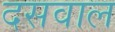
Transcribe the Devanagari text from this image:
दसवाल